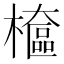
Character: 檶